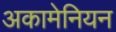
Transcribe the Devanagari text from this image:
अकामेनियन